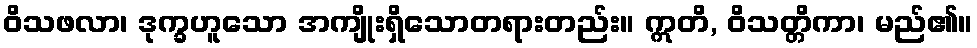
ဝိသဖလာ၊ ဒုက္ခဟူသော အကျိုးရှိသောတရားတည်း။ ဣတိ, ဝိသတ္တိကာ၊ မည်၏။